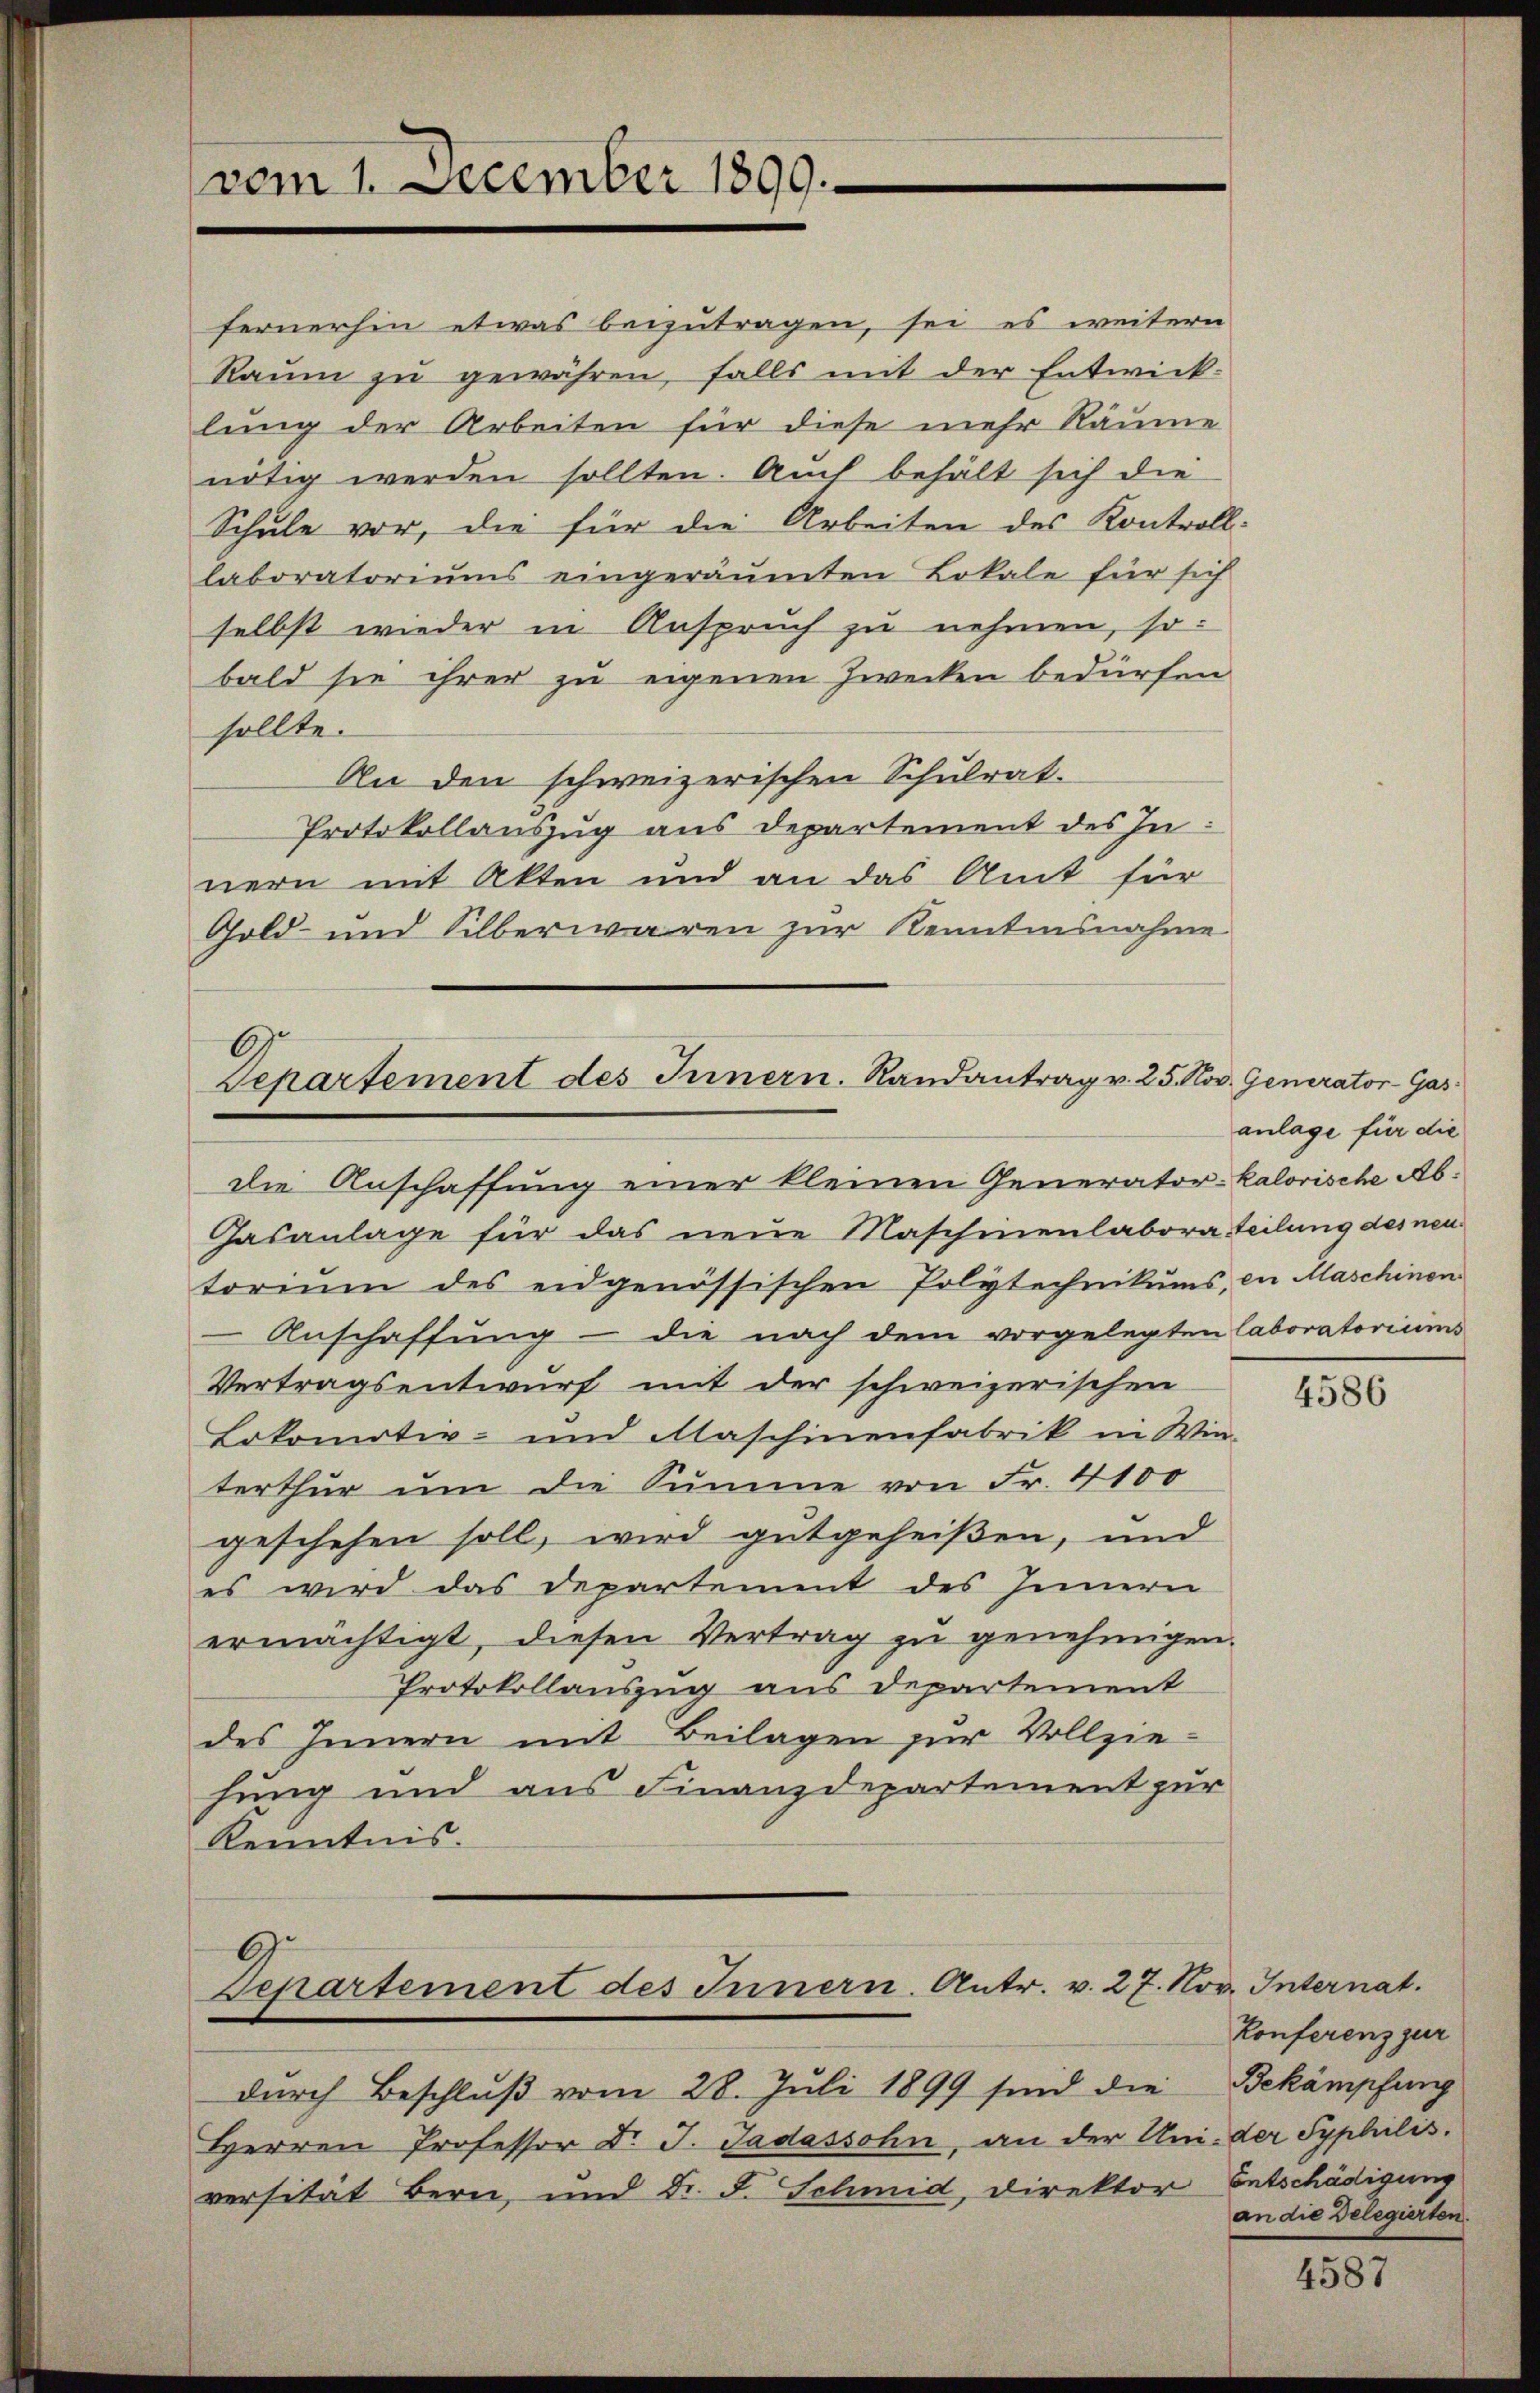
vom 1. December 1899.

6.
Separtement des Innern. Randantrag v. 25. Nov. Generator-Gas¬
Die Anschaffung einer kleinen Generator-kalorische Ab¬

fernerhin etwas beizutragen, sei es weitern
Raum zu gewähren, falls mit der Entwick-
lung der Arbeiten für diese mehr Räume
nötig werden sollten. Auch behält sich die
Schule vor, die für die Arbeiten des Kontroll-
laboratoriums eingeräumten Lokale für sich
selbst wieder in Anspruch zu nehmen, so
bald sie ihrer zu eigenen Zwecken bedürfen
sollte.
An den schweizerischen Schulrat.
Protokollauszug aus Departement des Innern mit Akten und an das Amt für
Gold- und Silberwaren zur Kenntnisnahme

Gasanlage für das neue Maschinenlabora teilung des neu
torium des eidgenössischen Polytechnikums, in Maschinen
Anschaffung - die nach dem vorgelegten laboratoriums
Vertragsentwurf mit der schweizerischen
Lokomotiv- und Maschinenfabrik in Win-
terthur um die Summe von Fr. 4100
geschehen soll, wird gutgeheißen, und
es wird das Departement des Innern
ermächtigt, diesen Vertrag zu genehmigen.
Protokollauszug aus Departement
des Innern mit Beilagen zur Vollziehung und aus Finanzdepartement zur
Kenntnis.

Departement des Innern. Antr. v. 27. Nov. Internat.
durch Beschluß vom 28. Juli 1899 sind die

Herren Professor Dr. J. Jadassohn, an der Uni- der Syphilis.
versität Bern, und Dr. F. Schmid, Direktor Entschädigung

anlage für die

4586

Konferenz zur
Bekämpfung
an die Delegierten.

4587